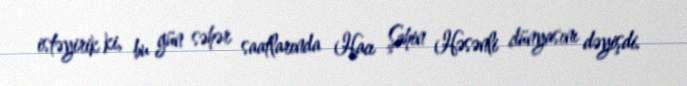
istəyirik ki, bu gün səhər saatlarında Hacı Şahin Həsənli dünyasını dəyişdi.